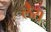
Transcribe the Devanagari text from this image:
लेैस